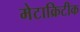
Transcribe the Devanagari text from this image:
मेटाक्रिटीक